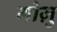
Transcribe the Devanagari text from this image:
गोज़ु